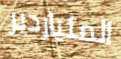
الملياردير